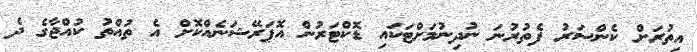
އިތުރަށް ކެންސަރު ފެތުރުނަ ނުދިނުމަށްޓަކައި ޑޮކްޓަރުން އޮޕަރޭޝަނެއްކޮށް އެ ތުއްތު ކުއްޖާގެ ދެ